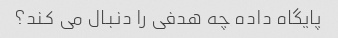
پایگاه داده چه هدفی را دنبال می کند؟